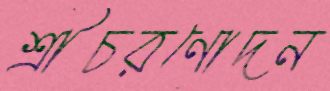
শ্রীচরণোদন